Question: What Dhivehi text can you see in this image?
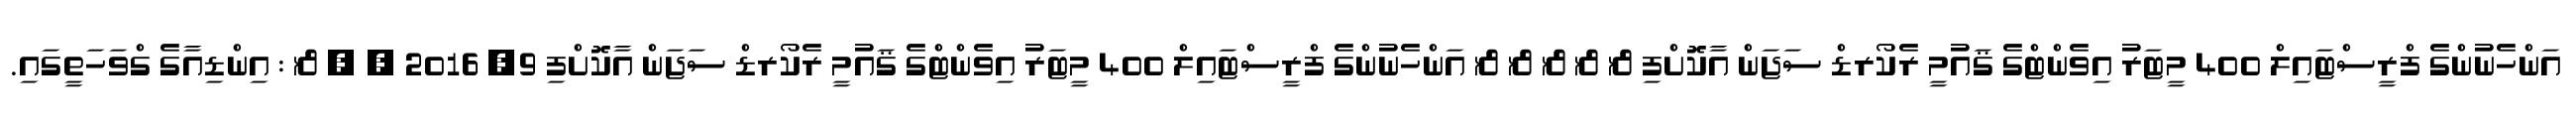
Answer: އަންހެނުންގެ ފްރީސްޓައިލް 400 މީޓަރު އިވެންޓްގެ ޤައުމީ ރެކޯރޑް ސަޖަން އާކޮށްފި & & & & & އަންހެނުންގެ ފްރީސްޓައިލް 400 މީޓަރު އިވެންޓްގެ ޤައުމީ ރެކޯރޑް ސަޖަން އާކޮށްފި 9, 2016 , , & : އިންޑިއާގެ ގްވަހަތީގައި.